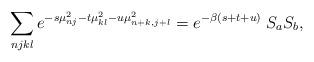
LaTeX: \begin{align*}\sum_{njkl} e^{-s\mu^2_{nj} - t\mu^2_{kl} - u\mu^2_{n+k,j+l}}= e^{-\beta (s+t+u)} \; S_aS_b,\end{align*}